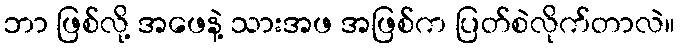
ဘာ ဖြစ်လို့ အဖေနဲ့ သားအဖ အဖြစ်က ပြတ်စဲလိုက်တာလဲ။